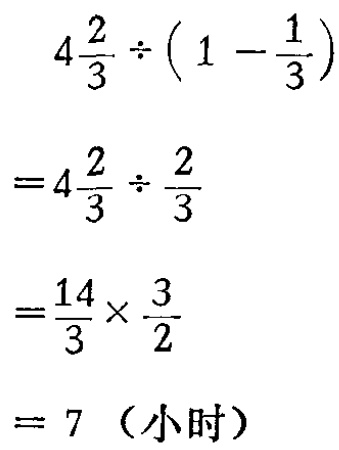
\[

\begin{align*}

&4\frac{2}{3}\div(1 - \frac{1}{3})\\

=&4\frac{2}{3}\div\frac{2}{3}\\

=&\frac{14}{3}\times\frac{3}{2}\\

=&7 \text{（小时）}

\end{align*}

\]